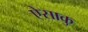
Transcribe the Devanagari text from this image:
ऐसाकु